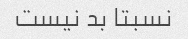
نسبتا بد نیست